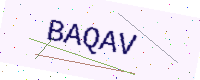
Text: BAQAV